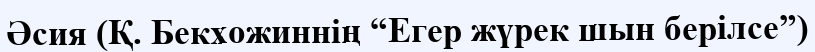
Әсия (Қ. Бекхожиннің “Егер жүрек шын берілсе”)